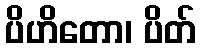
ပိဟိတော၊ ပိတ်